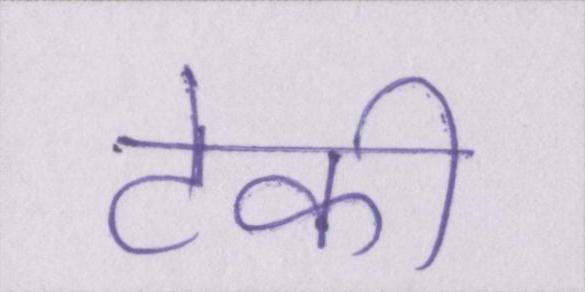
टेकी